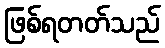
ဖြစ်ရတတ်သည်